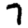
Digit: 7